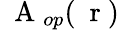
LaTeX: {\mathrm{~\mathbf~A~}}_{op}(\mathrm{~\mathbf~r~})